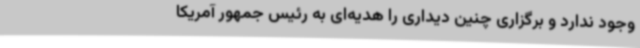
وجود ندارد و برگزاری چنین دیداری را هدیه‌ای به رئیس جمهور آمریکا